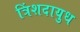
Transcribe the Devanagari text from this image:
त्रिंशदायुध